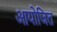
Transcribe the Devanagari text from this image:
आयोजित